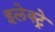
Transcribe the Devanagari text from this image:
इलेक्ट्रे